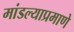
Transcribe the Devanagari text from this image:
मांडल्याप्रमाणे